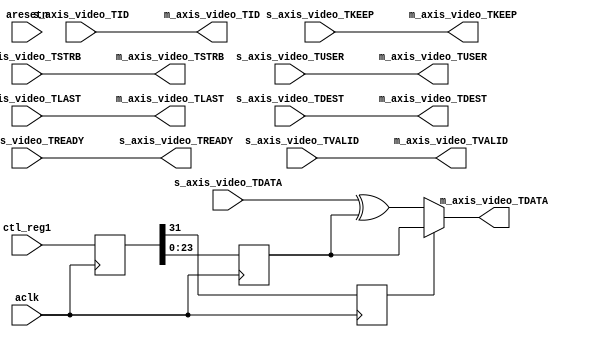
`default_nettype none
module stream_ctl (
    /*autoport*/
//output
            s_axis_video_TREADY,
            m_axis_video_TVALID,
            m_axis_video_TDATA,
            m_axis_video_TKEEP,
            m_axis_video_TSTRB,
            m_axis_video_TUSER,
            m_axis_video_TLAST,
            m_axis_video_TID,
            m_axis_video_TDEST,
//input
            aclk,
            aresetn,
            ctl_reg1,
            s_axis_video_TVALID,
            s_axis_video_TDATA,
            s_axis_video_TKEEP,
            s_axis_video_TSTRB,
            s_axis_video_TUSER,
            s_axis_video_TLAST,
            s_axis_video_TID,
            s_axis_video_TDEST,
            m_axis_video_TREADY);

input wire aclk;
input wire aresetn;

input wire[31:0] ctl_reg1; 

(* X_INTERFACE_INFO = "xilinx.com:interface:axis:1.0 s_axis_video TVALID" *)
input wire s_axis_video_TVALID;
(* X_INTERFACE_INFO = "xilinx.com:interface:axis:1.0 s_axis_video TREADY" *)
output reg s_axis_video_TREADY;
(* X_INTERFACE_INFO = "xilinx.com:interface:axis:1.0 s_axis_video TDATA" *)
input wire [23 : 0] s_axis_video_TDATA;
(* X_INTERFACE_INFO = "xilinx.com:interface:axis:1.0 s_axis_video TKEEP" *)
input wire [2 : 0] s_axis_video_TKEEP;
(* X_INTERFACE_INFO = "xilinx.com:interface:axis:1.0 s_axis_video TSTRB" *)
input wire [2 : 0] s_axis_video_TSTRB;
(* X_INTERFACE_INFO = "xilinx.com:interface:axis:1.0 s_axis_video TUSER" *)
input wire s_axis_video_TUSER;
(* X_INTERFACE_INFO = "xilinx.com:interface:axis:1.0 s_axis_video TLAST" *)
input wire s_axis_video_TLAST;
(* X_INTERFACE_INFO = "xilinx.com:interface:axis:1.0 s_axis_video TID" *)
input wire s_axis_video_TID;
(* X_INTERFACE_INFO = "xilinx.com:interface:axis:1.0 s_axis_video TDEST" *)
input wire s_axis_video_TDEST;

(* X_INTERFACE_INFO = "xilinx.com:interface:axis:1.0 m_axis_video TVALID" *)
output reg m_axis_video_TVALID;
(* X_INTERFACE_INFO = "xilinx.com:interface:axis:1.0 m_axis_video TREADY" *)
input wire m_axis_video_TREADY;
(* X_INTERFACE_INFO = "xilinx.com:interface:axis:1.0 m_axis_video TDATA" *)
output reg [23 : 0] m_axis_video_TDATA;
(* X_INTERFACE_INFO = "xilinx.com:interface:axis:1.0 m_axis_video TKEEP" *)
output reg [2 : 0] m_axis_video_TKEEP;
(* X_INTERFACE_INFO = "xilinx.com:interface:axis:1.0 m_axis_video TSTRB" *)
output reg [2 : 0] m_axis_video_TSTRB;
(* X_INTERFACE_INFO = "xilinx.com:interface:axis:1.0 m_axis_video TUSER" *)
output reg [0 : 0] m_axis_video_TUSER;
(* X_INTERFACE_INFO = "xilinx.com:interface:axis:1.0 m_axis_video TLAST" *)
output reg [0 : 0] m_axis_video_TLAST;
(* X_INTERFACE_INFO = "xilinx.com:interface:axis:1.0 m_axis_video TID" *)
output reg [0 : 0] m_axis_video_TID;
(* X_INTERFACE_INFO = "xilinx.com:interface:axis:1.0 m_axis_video TDEST" *)
output reg [0 : 0] m_axis_video_TDEST;

(* ASYNC_REG = "TRUE" *) reg[31:0] ctl_reg1_sync;

reg en_constant;
reg[23:0] constant_value;

always @(*) begin : proc_axis
    m_axis_video_TDATA = en_constant ? constant_value : (s_axis_video_TDATA^constant_value);

    m_axis_video_TVALID = s_axis_video_TVALID;
    m_axis_video_TKEEP = s_axis_video_TKEEP;
    m_axis_video_TSTRB = s_axis_video_TSTRB;
    m_axis_video_TUSER = s_axis_video_TUSER;
    m_axis_video_TLAST = s_axis_video_TLAST;
    m_axis_video_TID = s_axis_video_TID;
    m_axis_video_TDEST = s_axis_video_TDEST;

    s_axis_video_TREADY = m_axis_video_TREADY;

end

always @(posedge aclk) begin : proc_en
    ctl_reg1_sync <= ctl_reg1;

    en_constant <= ctl_reg1_sync[31];
    constant_value <= ctl_reg1_sync[23:0];
end

endmodule

`default_nettype wire